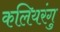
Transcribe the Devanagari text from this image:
कलियरंगु